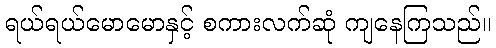
ရယ်ရယ်မောမောနှင့် စကားလက်ဆုံ ကျနေကြသည်။